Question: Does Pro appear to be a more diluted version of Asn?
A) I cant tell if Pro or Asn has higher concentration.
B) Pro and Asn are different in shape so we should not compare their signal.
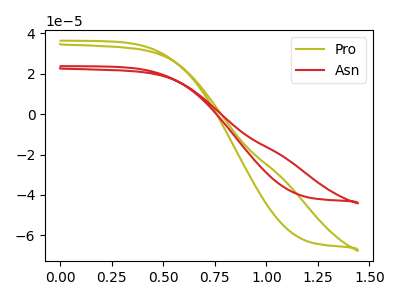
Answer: <think>The olive curve "Pro" has no peaks. The red curve "Asn" has no peaks.
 Neither "Pro" or "Asn" have any peaks.</think>
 <answer>A) I cant tell if "Pro" or "Asn" has higher concentration.</answer>
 <eval>A</eval>